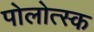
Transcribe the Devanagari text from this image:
पोलोत्स्क